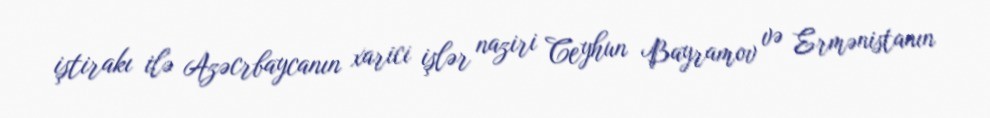
iştirakı ilə Azəcrbaycanın xarici işlər naziri Ceyhun Bayramov və Ermənistanın